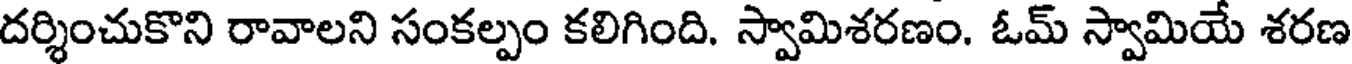
దర్శించుకొని రావాలని సంకల్పం కలిగింది. స్వామిశరణం. ఓమ్ స్వామియే శరణ